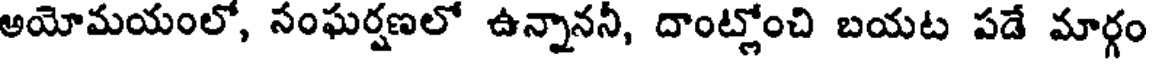
అయోమయంలో, సంఘర్షణలో ఉన్నాననీ, దాంట్లోంచి బయట పడే మార్గం